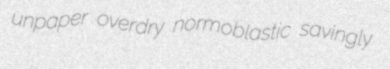
unpaper overdry normoblastic savingly